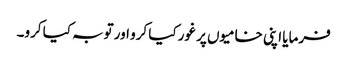
فرمایا اپنی خامیوں پر غور کیا کرو اور توبہ کیا کرو۔